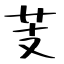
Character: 芰